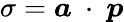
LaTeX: \sigma=\boldsymbol{a}~\cdot~\boldsymbol{p}